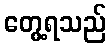
တွေ့ရသည်